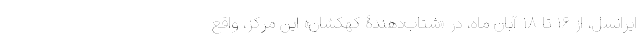
ایرانسل، از ۱۶ تا ۱۸ آبان ماه، در «شتاب‌دهندۀ کهکشان» این مرکز، واقع